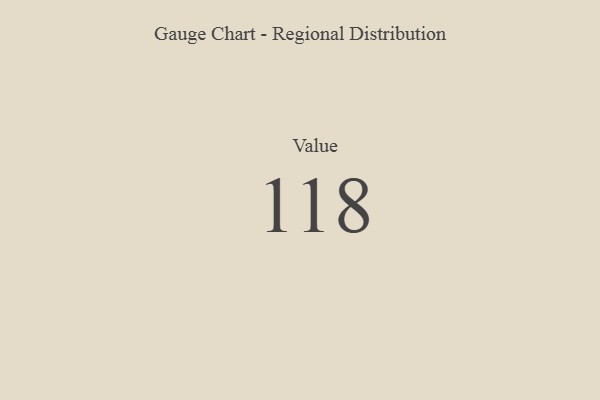
{"axis": {"x": "Metric", "y": "Value"}, "legend": [""], "data": [{"x": "Value", "y": 118, "type": ""}]}